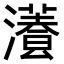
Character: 𤂡